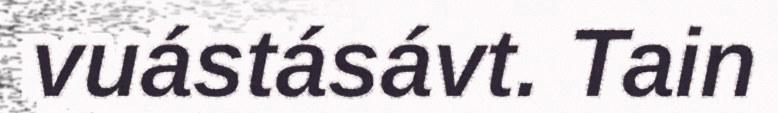
vuástásávt. Tain